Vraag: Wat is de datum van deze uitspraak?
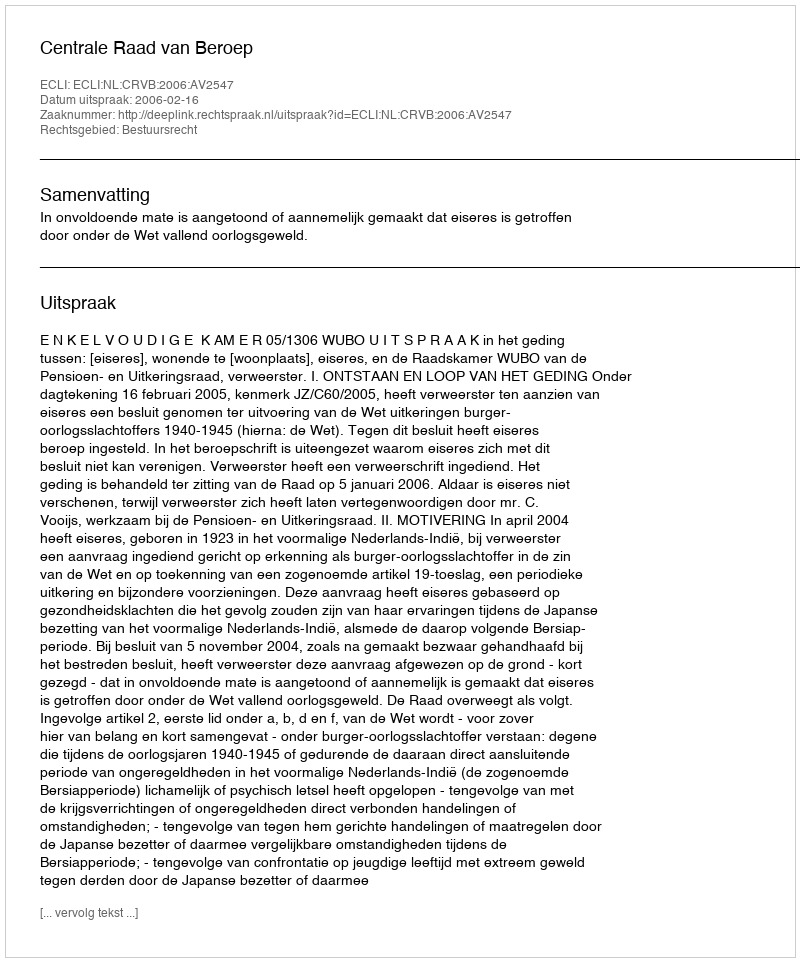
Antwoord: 2006-02-16